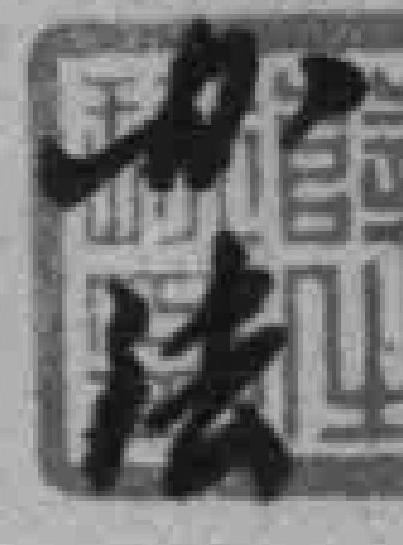
办法